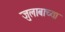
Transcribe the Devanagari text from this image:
जुलाबाच्या